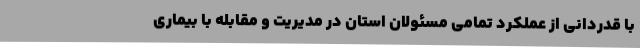
با قدردانی از عملکرد تمامی مسئولان استان در مدیریت و مقابله با بیماری